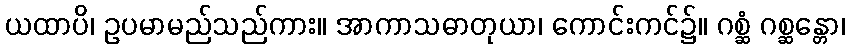
ယထာပိ၊ ဥပမာမည်သည်ကား။ အာကာသဓာတုယာ၊ ကောင်းကင်၌။ ဂစ္ဆံ ဂစ္ဆန္တော၊